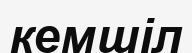
кемшіл